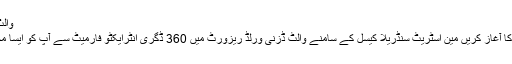
والٹ ڈزنی ورلڈ ریزورٹ میں چمتکار
ورچوئل اورلینڈو کے اپنے دورے کا آغاز کریں مین اسٹریٹ سنڈریلا کیسل کے سامنے والٹ ڈزنی ورلڈ ریزورٹ میں 360 ڈگری انٹرایکٹو فارمیٹ سے آپ کو ایسا محسوس ہوگا کہ واقعی آپ وہاں ہیں!